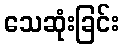
သေဆုံးခြင်း